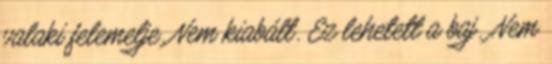
valaki felemelje. Nem kiabált. Ez lehetett a baj. .Nem